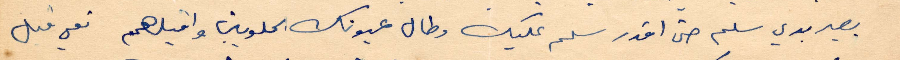
بصير بدي سلم حتى اقدر سلم عليك وطال عيونك الحلوين واقبلهم متل قبل